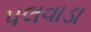
પલવાડા